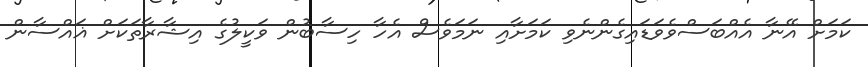
ކަމަށް އޭނާ އެއްބަސްވެވަޑައިގެންނެވި ކަމަށާއި ނަމަވެސް އެހާ ހިސާބުން ވަކީލުގެ އިޝާރާތަކަށް ޣައްސާން